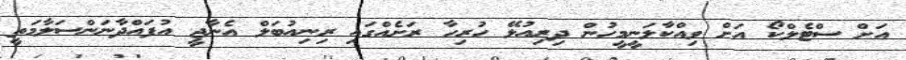
އަށް ސްޓެލްކޯ އަށް ވިއްކާލަނީމީހުން ދިރިއުޅޭ ހުރިހާ ރަށެއްގައި ރިނިއުބަލް އެނާޖީ އުފައްދާނަންސަލާމަތީ